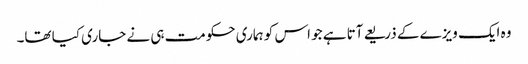
وہ ایک ویزے کے ذریعے آتا ہے جو اس کو ہماری حکومت ہی نے جاری کیا تھا۔